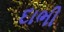
દાભી